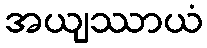
အယျဿာယံ